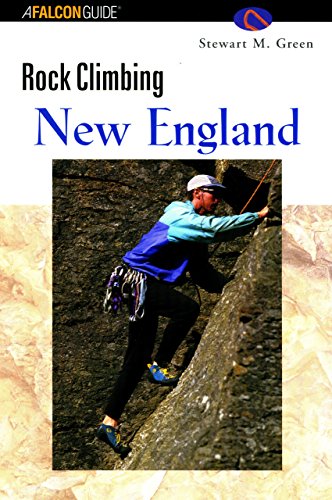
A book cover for Rock Climbing New England (A Falcon Guide); Stewart M. Green; Sports & Outdoors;